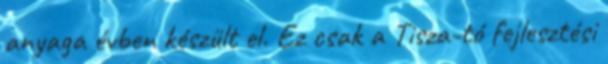
anyaga évben készült el. Ez csak a Tisza-tó fejlesztési